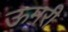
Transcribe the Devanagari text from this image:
ऊमरी